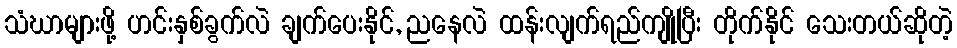
သံဃာများဖို့ ဟင်းနှစ်ခွက်လဲ ချက်ပေးနိုင်, ညနေလဲ ထန်းလျက်ရည်ကျိုပြီး တိုက်နိုင် သေးတယ်ဆိုတဲ့